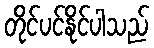
တိုင်ပင်နိုင်ပါသည်